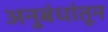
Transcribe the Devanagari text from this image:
अनुबंधांतून